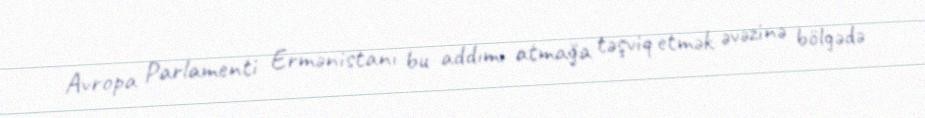
Avropa Parlamenti Ermənistanı bu addımı atmağa təşviq etmək əvəzinə bölgədə